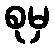
စုမှ